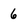
Character: 6